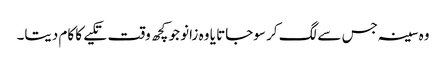
وہ سینہ جس سے لگ کر سوجاتا یا وہ زانو جو کچھ وقت تکیے کا کام دیتا۔